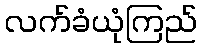
လက်ခံယုံကြည်